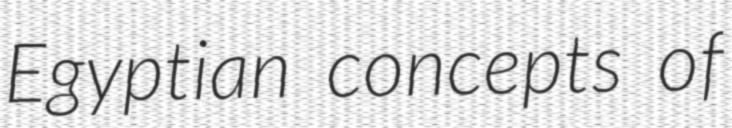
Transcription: Egyptian concepts of